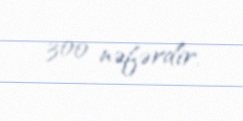
300 nəfərdir.